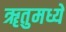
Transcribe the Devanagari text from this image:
ॠतुमध्ये